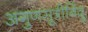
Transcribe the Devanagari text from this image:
अगुणसूत्रीबिंदु